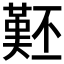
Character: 𱍨